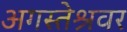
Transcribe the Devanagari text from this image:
अगस्‍तेश्रवर